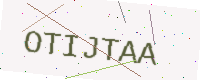
Text: OTIJTAA